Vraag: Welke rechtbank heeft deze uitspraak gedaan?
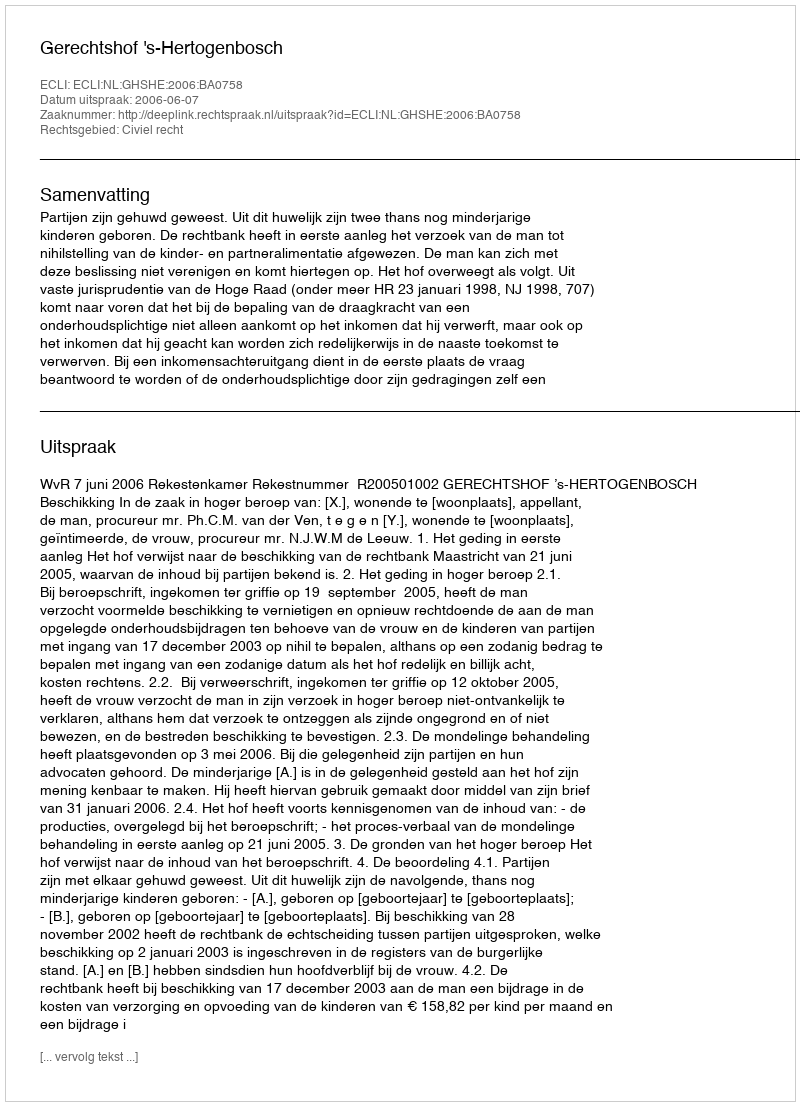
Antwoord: Gerechtshof 's-Hertogenbosch